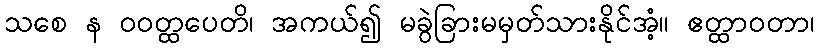
သစေ န ဝဝတ္ထပေတိ၊ အကယ်၍ မခွဲခြားမမှတ်သားနိုင်အံ့။ ဧတ္ထာဝတာ၊